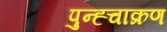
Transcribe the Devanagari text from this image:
पुन्ह्चाक्रण